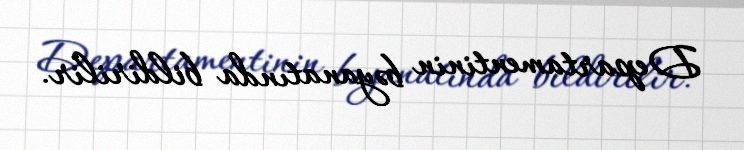
Departamentinin bəyanatında bildirilir.